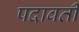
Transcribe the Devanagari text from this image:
पदावती